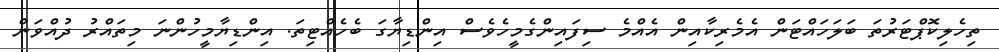
ތިހެލިކޮޕްޓަރުތަ ބަލަހައްޓަން އެމެރިކާއިން އެއްމެ ސިފައިންގެމީހެވެސް އިންޑިޔާގަ ބެހެއްޓިތަ. އިންޑިޔާމީހުންނަ މިތައްރު ދުއްވަން